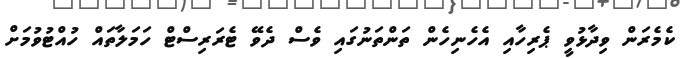
ކެމެރަން ވިދާޅުވީ ޕެރިހާއި އެހެނިހެން ތަންތަނުގައި ވެސް ދެވޭ ޓެރަރިސްޓް ހަމަލާތައް ހުއްޓުވުމަށް